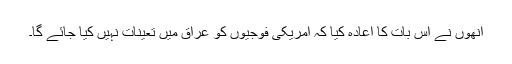
اُنھوں نے اس بات کا اعادہ کیا کہ امریکی فوجیوں کو عراق میں تعینات نہیں کیا جائے گا۔